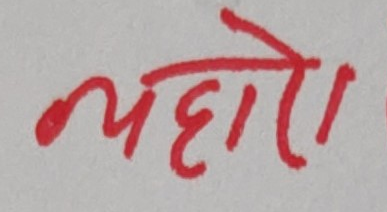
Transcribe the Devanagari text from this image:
त्यहा हो।